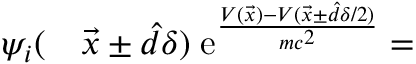
\begin{array} { r l } { \psi _ { i } ( } & { { } \vec { x } \pm \hat { d } \delta ) \; \mathrm e ^ { \frac { V ( \vec { x } ) - V ( \vec { x } \pm \hat { d } \delta / 2 ) } { m c ^ { 2 } } } = } \end{array}